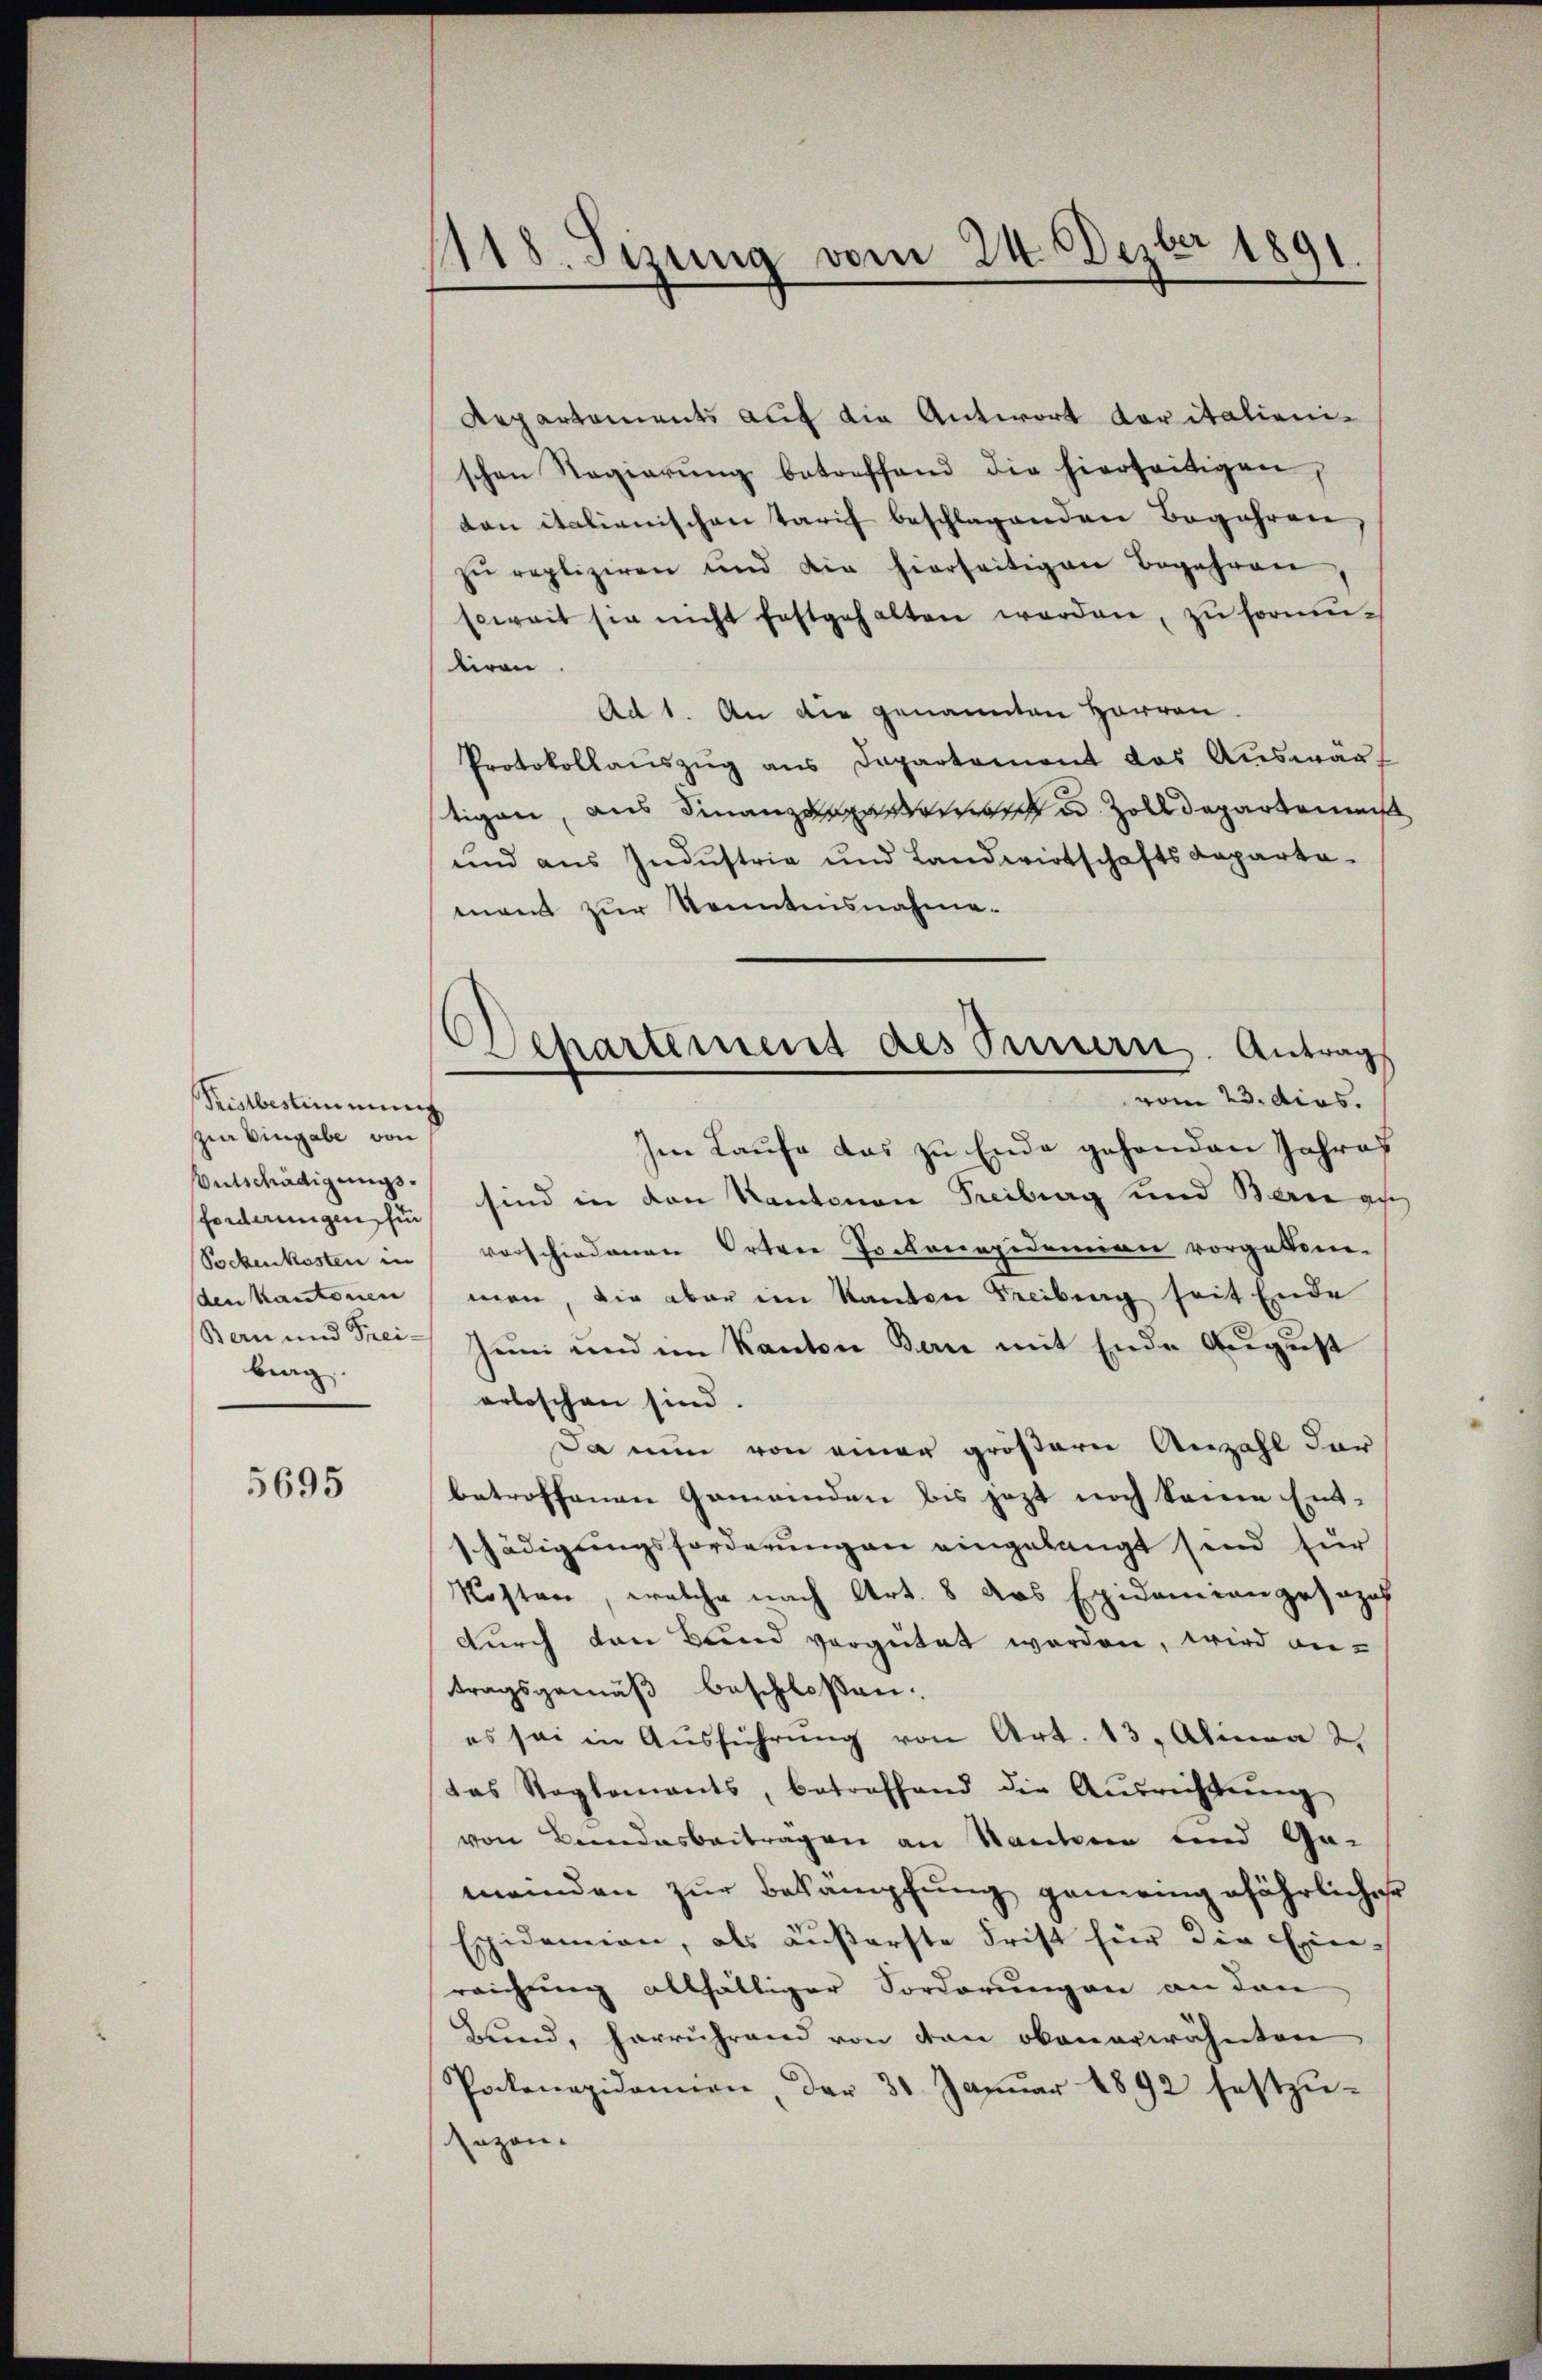
Kunbestimmung
pin Eingabe von
Entschädigungsforderungen fü
Sockenkosten in
den Kantonen
Bern und Frei-
brag.

5695

1118. Sizung vom 24. Dezbr 1891.

Repartaments auf die Antwort Koritalienischen Regierŭng betreffend die hierseitigen,
ten italienischen Tarif beschlagenden Begehren,
zŭ repliziren und die hierseitigen Begehren,
soweit sie nicht festgehalten werden, zŭ formŭ-
tiren
Ad 1. An die genannten Herren.
Protokollauszug aus Departement des Auswärt
tigen, aus Finanzdepater u. Zolldeparkommis
und aus Industria und Landwirtschaftsdeparta-
tnam zur Kenntensnahme¬
Im Laufe das zu Ende gehenden Jahres
sind in den Kantonen Freiburg und Bern au
vorschiedenen Ortene Pockenapidemien vorgekom-
men, die aber im Kanton Freibung seit Ende
Juni und im Kanton Bern mit Ende August
erloschen sind.
Da nun von einer größern Anzahl der
betroffenen Gemeinden bis jezt noch keine Ent-
schädigungsforderungen eingelangt sind für
Kosten, welche nach Art. 8 das Epidemien gesezes
durch von Bund vergütet worden, wird antragsgemäß beschloßen:
es sei in Aŭsführŭng von Art. 13. Alinea 2.
das Reglements, betreffend die Aŭsrichtŭng
von Bandesbeitragen an Stanten und Ge-
meinden zŭr Bekämpfung gemeingefährlicher
Epidemien, als äußerste Frist für die Ein-
reichung allfälliger Forderungen an den
Bund, herrührend von den obenerwähnten
Pockenezidonnen, der 31 Janŭar 1892 festzŭ-
sozon-

Dehartement des Innern. Antrag
vom 23. dies.